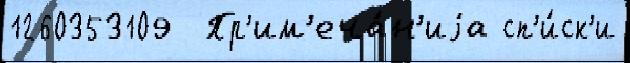
1260353109  Пр'им'еча́н'иjа сп'и́ск'и